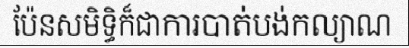
ប៉ែនសមិទ្ធិក៏ជាការបាត់បង់កល្យាណ